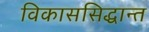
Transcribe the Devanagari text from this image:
विकाससिद्धान्त